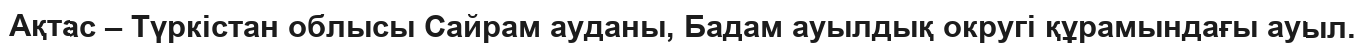
Ақтас – Түркістан облысы Сайрам ауданы, Бадам ауылдық округі құрамындағы ауыл.